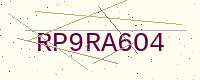
Text: RP9RA6O4